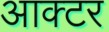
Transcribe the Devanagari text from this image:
आक्टर